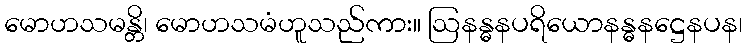
မောဟသမန္တိ၊ မောဟသမံဟူသည်ကား။ ဩနန္ဓနပရိယောနန္ဓနဋ္ဌေနပန၊